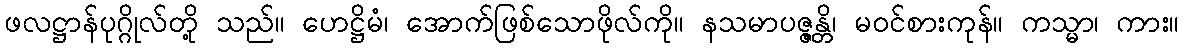
ဖလဋ္ဌာန်ပုဂ္ဂိုလ်တို့ သည်။ ဟေဋ္ဌိမံ၊ အောက်ဖြစ်သောဖိုလ်ကို။ နသမာပဇ္ဇန္တိ၊ မဝင်စားကုန်။ ကသ္မာ၊ ကား။